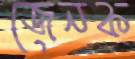
জেনক